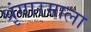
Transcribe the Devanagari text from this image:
श्रृंगारमाला